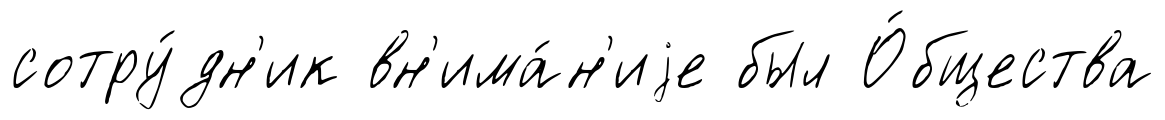
сотру́дн'ик вн'има́н'иjе был О́бщества